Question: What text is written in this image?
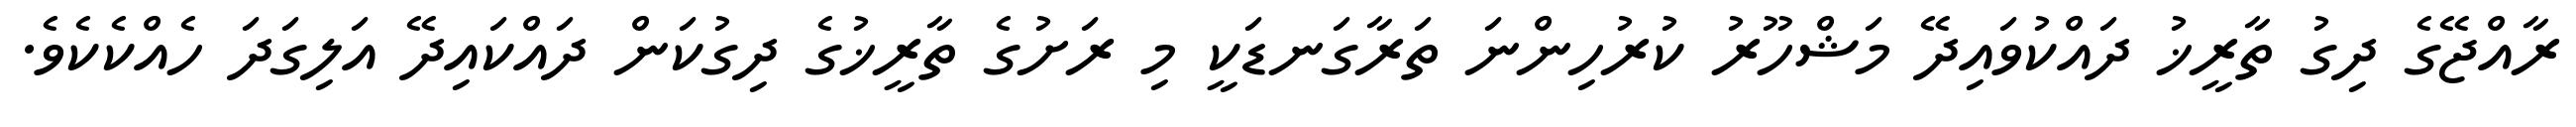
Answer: ރާއްޖޭގެ ދިގު ތާރީޚު ދައްކުވައިދޭ މަޝްހޫރު ކުރުހިންނަ ތަރާގަނޑަކީ މި ރަށުގެ ތާރީޚުގެ ދިގުކަން ދައްކައިދޭ އަލިގަދަ ހެއްކެކެވެ.